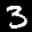
Label: 3